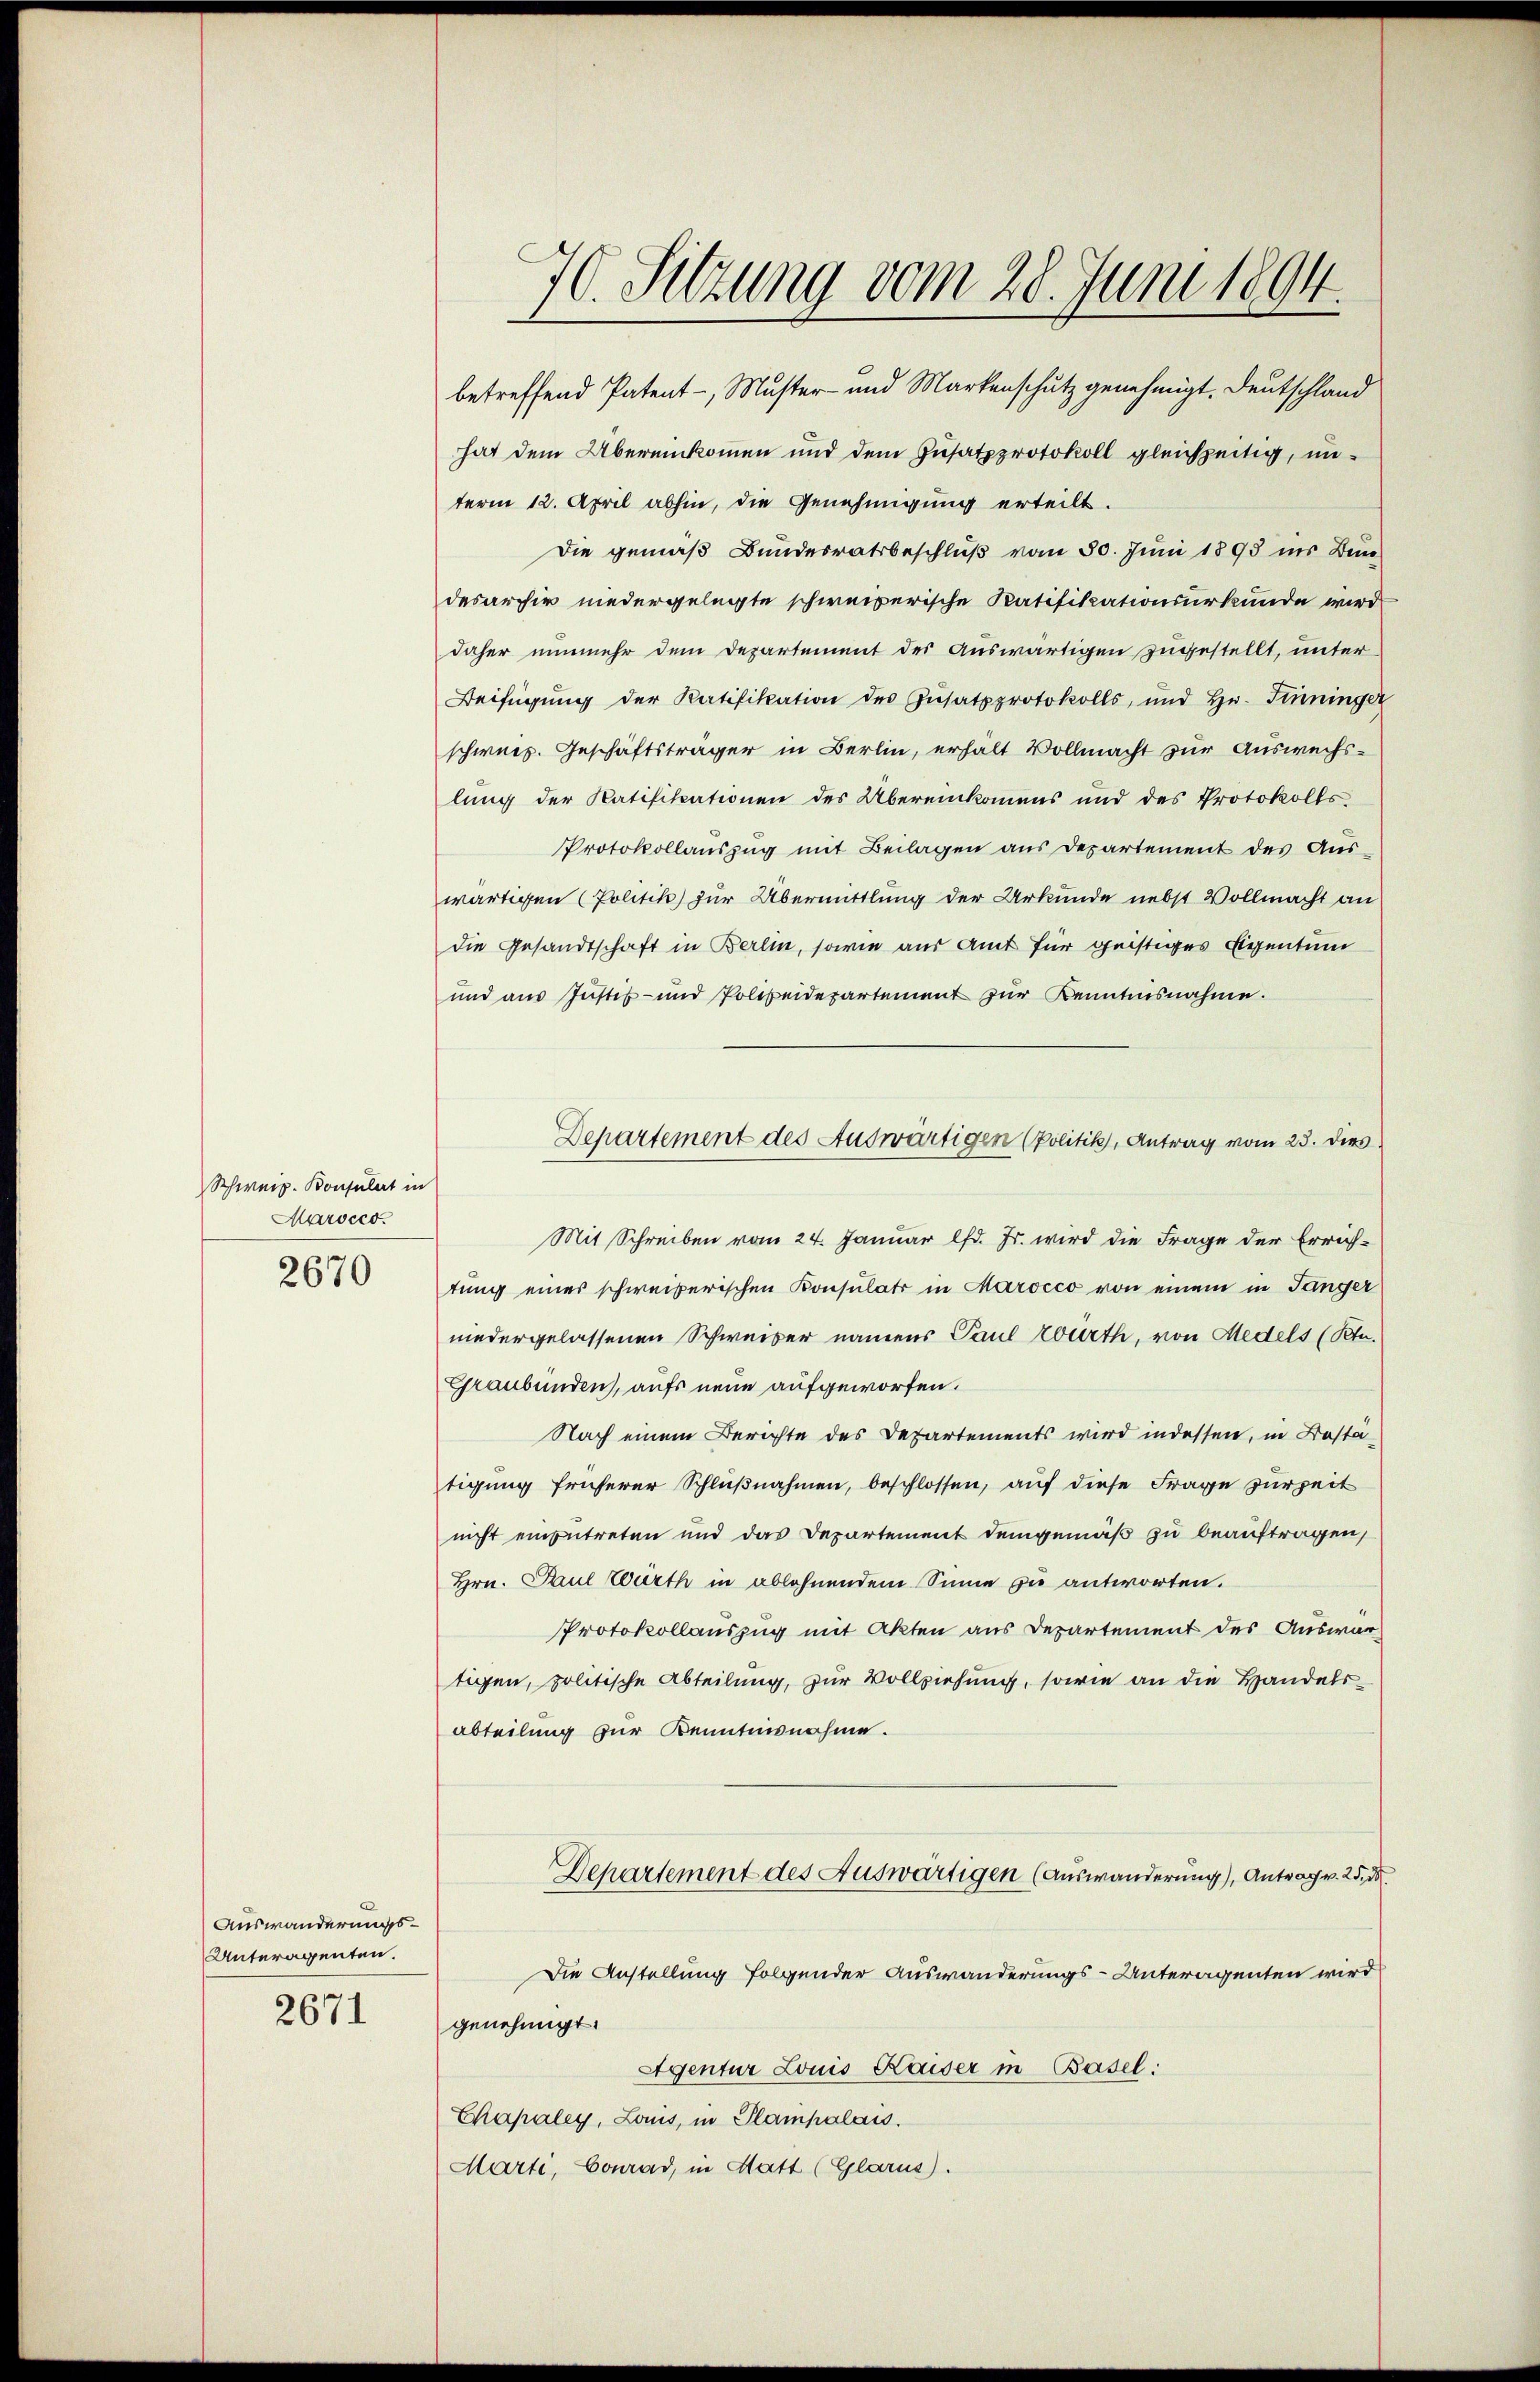
Schweiz. Bonsulat in
Marocco.
2670

Auswanderungs¬
Unteragenten.
2671

70. Sitzung vom 28. Juni 1894.

betreffend Patent -, Muster- und Markenschutz genehmigt. Deutschland
hat dem Übereinkommen und dem Zusatzprotokoll gleichzeitig, unterm 12. April abhin, die Genehmigung erteilt.
Die gemäß Bundesratsbeschluß vom 30. Juni 1893 ins Bun-
desarchiv niedergelegte schweizerische Ratifikationsurkunde wird
daher nunmehr dem Departement der Auswärtigen zugestellt, unter
Beifügung der Ratifikation des Zŭsatzprotokolls, und Hr. Finninger
schwers. Geschäftsträger in Berlin, erhalt Vollmacht zur Auswechslung der Ratifikationen des Übereinkommens und des Protokolls
Protokollauszug mit Beilagen aus Departement des Auswärtigen (Politik zur Übermittlung der Urkunde nebst Vollmacht an
die Gesandtschaft in Berlin, sowie aus Amt für geistiges Eigentum
und aŭs Jŭstiz- und Polizeidepartement zur Kenntnisnahme.
Mit Schreiben vom 24. Januar lfd. Fr. wird die Frage der Errichtung eines schweizerischen Konsulati in Marocco von einem in Jänger
niedergelassenen Schweiser namens Paul Wurth, von Medels (Btn.
Graubünden, aufs neue aufgeworfen.
Nach einem Berichte des Departements wird indessen, in Bastatigung früherer Schlußnahmen, beschlossen, auf diese Frage zurzeit
nicht einentreten und das Departement demgemäß zu beauftragen,
Hrn. Paul Würth in ablehnendem Sinne zu antworten.
Protokollauszug mit Akten aus Departement des Auswartigen, politische Abteilung, zur Vollziehung, sowie an die Handelsabteilung zur Kenntnisnahme.
Departement des Auswärtigen (Auswanderung), Antrag v. 25. d.
Die Anstellung folgender Auswanderungs-Unteragenten wird
genehmigt.
Agentur Louis Kaiser in Basel:
Chapaley, Louis, in Plampalais.
Marti, Conrad, in Statt (Glarus).

Departement des Auswärtigen (Politik, Antrag vom 23. dies